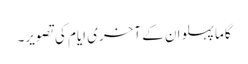
گاما پہلوان کے آخری ایام کی تصویر۔